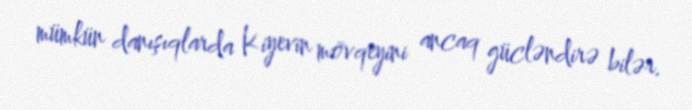
mümkün danışıqlarda Kiyevin mövqeyini ancaq gücləndirə bilər.